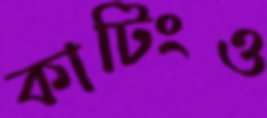
কাটিংও